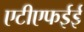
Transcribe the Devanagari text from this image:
एटीएफईई